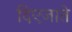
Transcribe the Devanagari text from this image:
दिएजाते